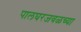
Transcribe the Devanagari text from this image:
पालघरजवळच्या